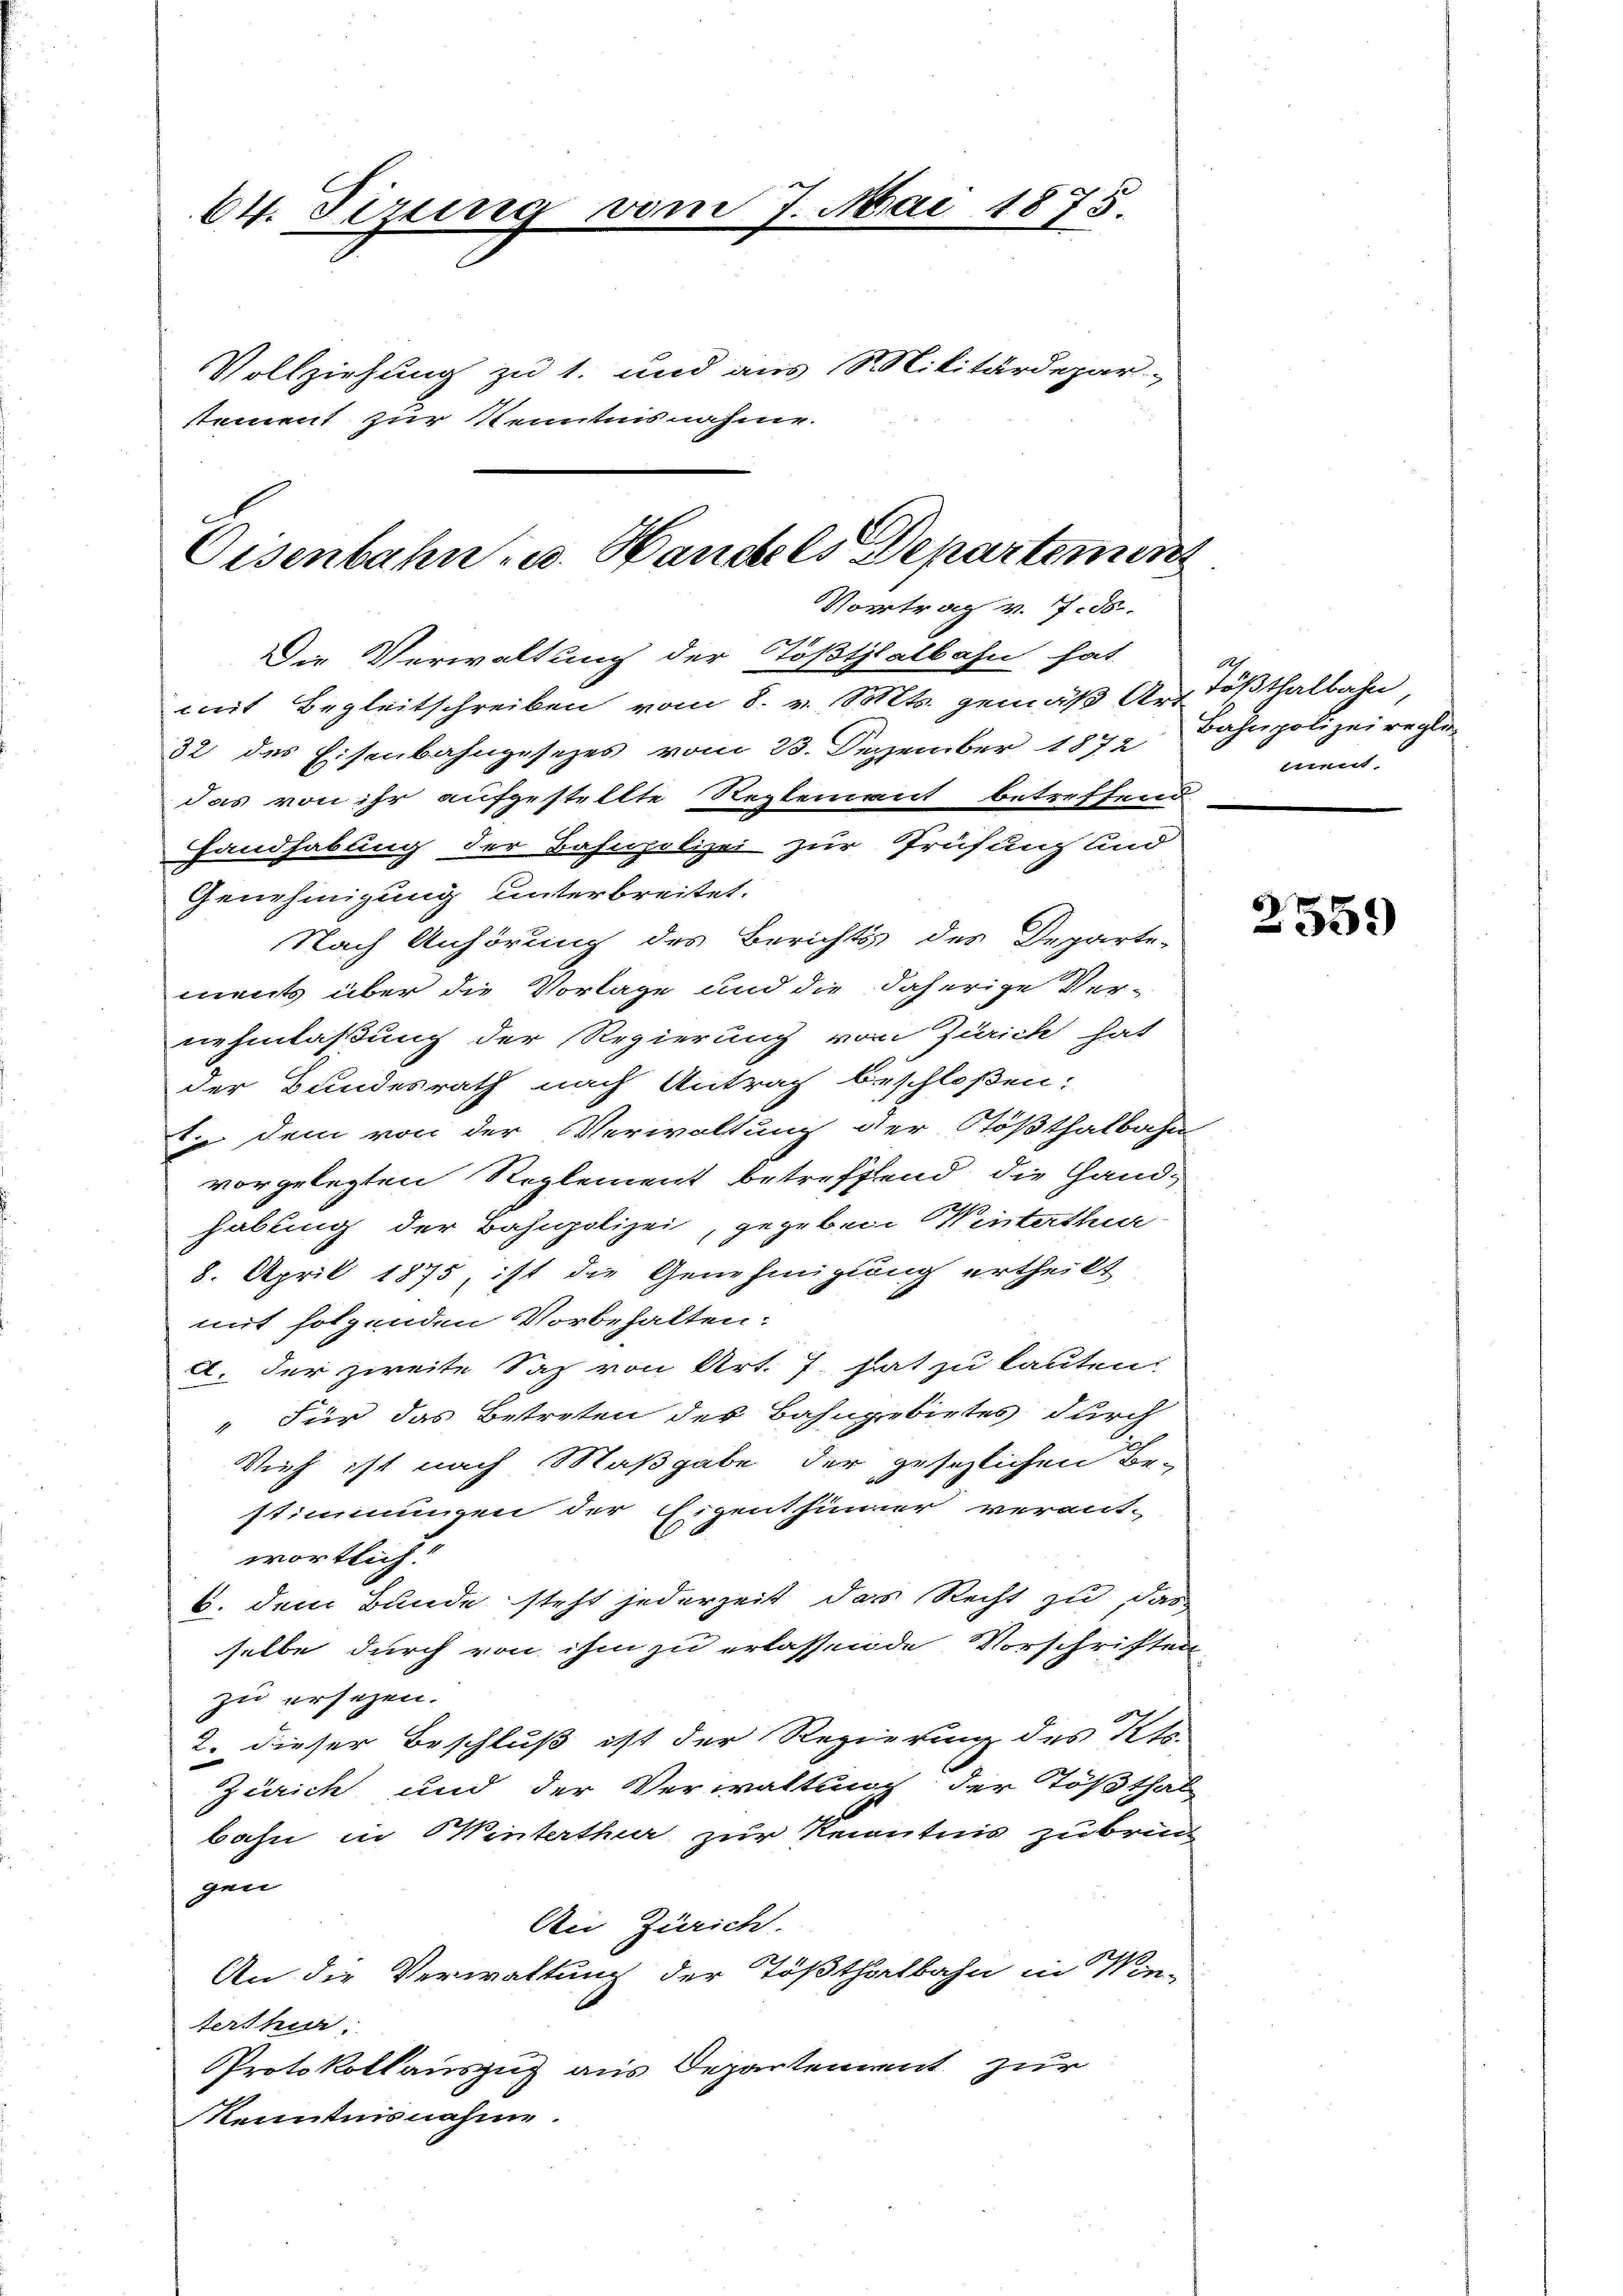
64. Sizung

vom 7. Mai 1875.

Vollziehung zu 1. und aus Militärdepar
stement zur Kenntnisnahme.

Eisenbahn u. Handels Departement
Vortrag v. 7. ds.

Die Verwaltung der Tößthalbahn hat
mit Begleitschreiben vom 8. v. Mts. gemäß Art Tößthalbahn
32 des Eisenbahngesezes vom 23. September 1872 Bahnpolizeiregi
das von ihr aufgestellte Reglement betreffend
Handhabung der Bahnpolizei zur Prüfung und
Genehmigung unterbreitet.
Nach Anhörung des Berichts des Departe-
ments über die Vorlage und die daherige Ver-
nehmlaßung der Regierung von Zürich hat
der Bundesrath nach Antrag beschloßen:
tie dem von der Verwaltung der Stößthalbahn
vorgelegten Reglement betreffend die Handhabung der Bahnpolizei, gegeben Winterthur
8. April 1875, ist die Genehmigung ertheilt
mit folgenden Vorbehalten:
a. der zweite Saz von Art. 7. hat zu lauten.
" Für das Betreten des Bahngebietes durch
Vieh ist nach Maßgabe der gesezlichen Be-
stimmungen der Eigenthümer verant-
wörtlich!
6. dem Bunde steht jederzeit das Recht zu, das
selbe durch von ihm zu erlassende Vorschriften
zu ersezen.
2. dieser Beschluß ist der Regierung des Sta
Zürich und der Verwaltung der Tößthal
bahn in Winterthur zur Kenntnis zubrück
gen
Ain Zürich.
f
An die Verwaltung der Tößthalbahn in Ver-
terthur:
Protokollauszug aus Departement zur
Kenntnisnahme.

ment.

2559)